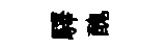
驛醜